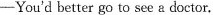
—You'dbetter go to see a doctor.